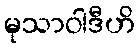
မုသာဝါဒီဟိ